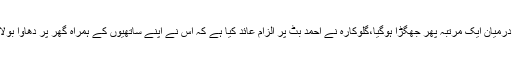
گلو کارہ حمیرا ارشد اور ان کے شوہر احمد بٹ کے درمیان ایک مرتبہ پھر جھگڑا ہوگیا،گلوکارہ نے احمد بٹ پر الزام عائد کیا ہے کہ اس نے اپنے ساتھیوں کے ہمراہ گھر پر دھاوا بولا، انہیں اور ان کے 2 بھتیجوں کو تشدد کا نشانہ بنایا۔